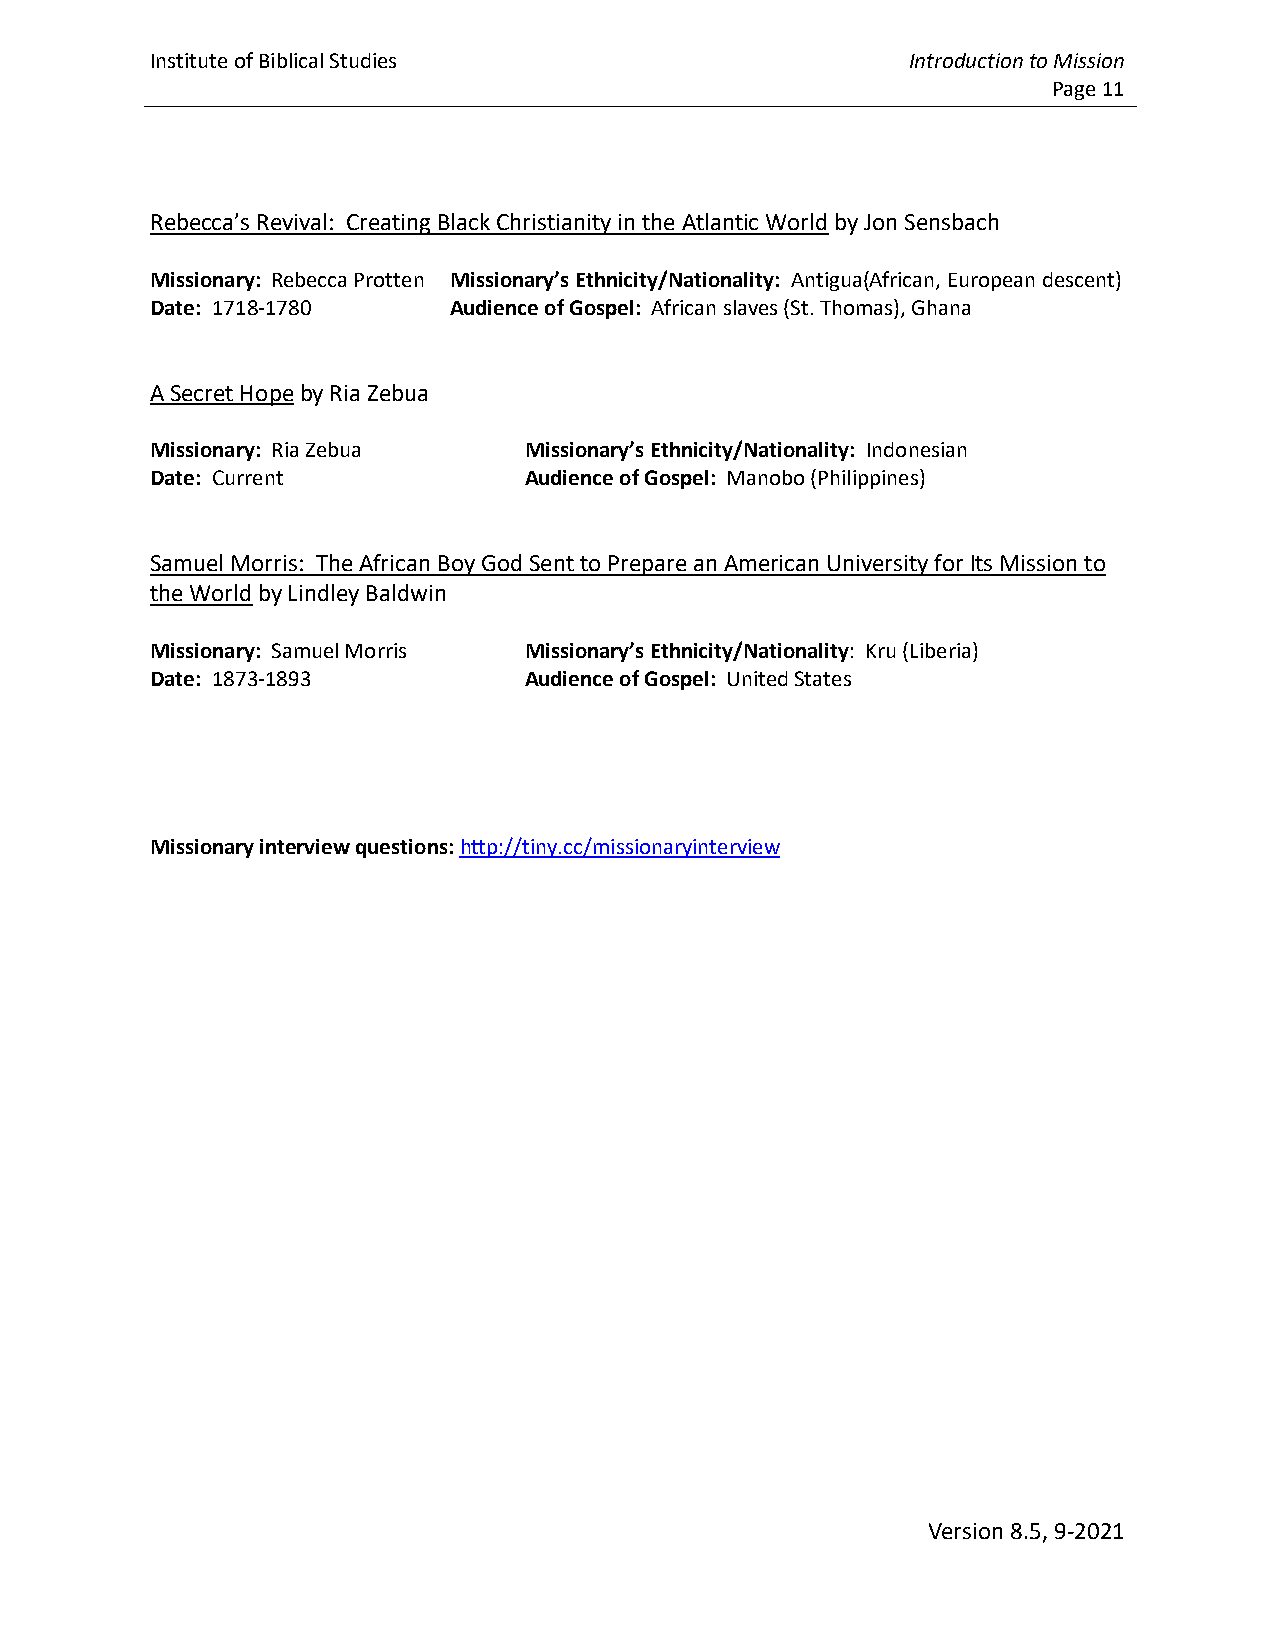
Institute of Biblical Studies                     Introduction to Mission
 Page 11
 Rebecca’s Revival: Creating Black Christianity in the Atlantic World by Jon Sensbach
 Missionary: Rebecca Protten Missionary’s Ethnicity/Nationality: Antigua(African, European descent)
 Date: 1718-1780     Audience of Gospel: African slaves (St. Thomas), Ghana
 A Secret Hope by Ria Zebua
 Missionary: Ria Zebua    Missionary’s Ethnicity/Nationality: Indonesian
 Date: Current            Audience of Gospel: Manobo (Philippines)
 Samuel Morris: The African Boy God Sent to Prepare an American University for Its Mission to
 the World by Lindley Baldwin
 Missionary: Samuel Morris Missionary’s Ethnicity/Nationality: Kru (Liberia)
 Date: 1873-1893          Audience of Gospel: United States
 Missionary interview questions: http://tiny.cc/missionaryinterview
 Version 8.5, 9-2021